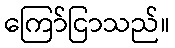
ကြော်ငြာသည်။